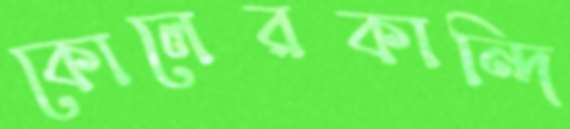
কোলেরকান্দি